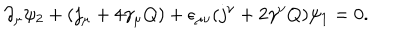
\partial _ { \mu } \psi _ { 2 } + ( j _ { \mu } + 4 \gamma _ { \mu } Q ) + \epsilon _ { \mu \nu } ( j ^ { \nu } + 2 \gamma ^ { \nu } Q ) \psi _ { 1 } = 0 .